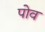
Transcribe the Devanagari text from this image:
पोव